Rapla_vallavalitsus, lk 5
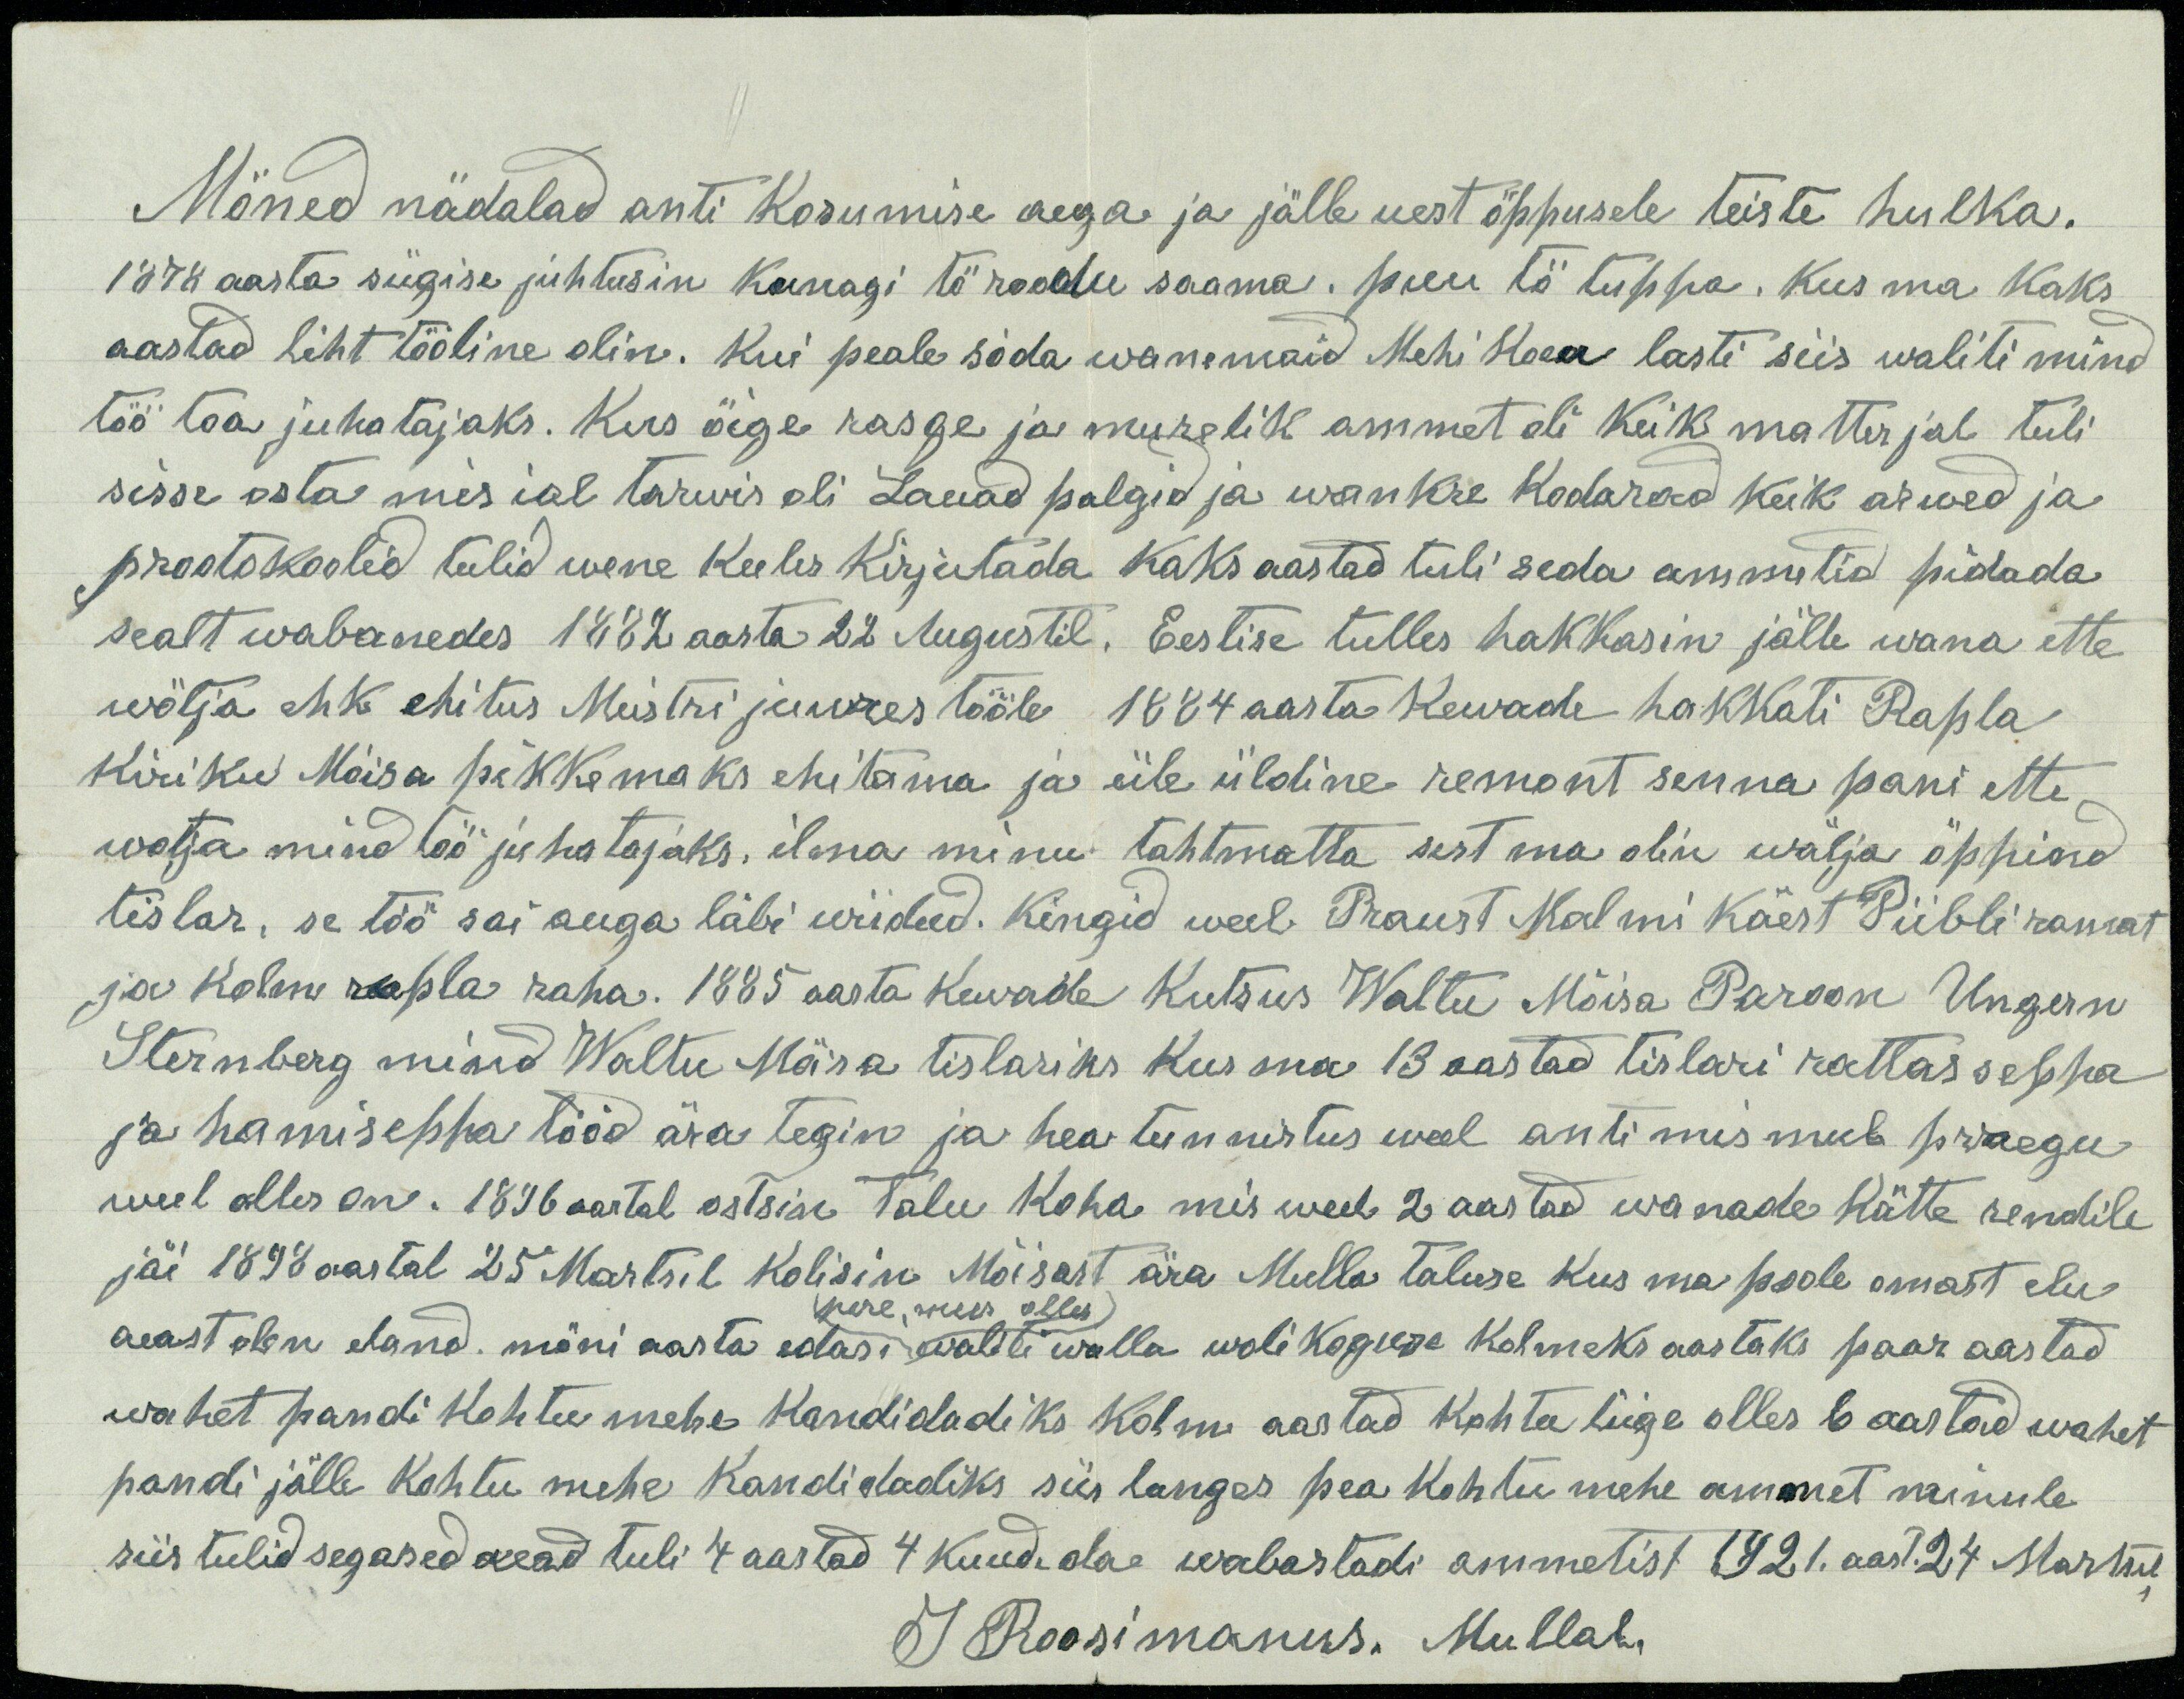
Möned nädalad anti kosumise aega ja jälle uest öppusele teiste hulka.
1878 aasta sügise juhtusin kunagi tö roodu saama. puu tö tuppa. Kus ma kaks
aastad liht tööline olin. Kui peale söda wanemaid Mehi koeu lasti siis waliti mind
töö toa juhatajaks. Kus öige rasge ja murelik ammet oli keik matterjal tuli
sisse osta mis ial tarwis oli Lauad palgid ja wankre kodarad keik arwed ja
prootokoolid tulid wene keeles kirjutada kaks aastad tuli seda ammetid pidada
sealt wabanedes 1882 aasta 22 Augustil. Eestise tulles hakkasin jälle wana ette
wötja ehk ehitus Meistri juures tööle 1884 aasta kewade hakkati Rapla
kiriku Möisa pikkemaks ehitama ja üle üldine remont senna pani ette
wotja mind töö juhatajaks, ilma minu tahtmatta sest ma olin wälja öppind
tislar, se töö sai auga läbi wiidud. Kingid weel Praust Malmi käest Piibli ramat
ja kolm rapla raha. 1885 aasta kewade kutsus Waltu Möisa Paroon Ungern
Sternberg mind Waltu Möisa tislariks kus ma 13 aastad tislari rattas seppa
ja hamiseppa tööd ära tegin ja hea tunnistus weel anti mis mul praegu
veel alles on. 1896 aastal ostsin talu koha mis weel 2 aastad wanade kätte rendile
jäi 1898 aastal 25 Martsil kolisin Möisast ära Mulla taluse kus ma poole omast elu
aeast olen eland. möni aasta edasi pere mees olles waliti walla wolikoguse kolmeks aastaks paar aastad
wahet pandi kohtu mehe kandidadiks kolm aastad kohtu liige olles 6 aastad wahet
pandi jälle kohtu mehe kandidadiks siis langes pea kohtu mehe ammet minule
siis tulid segased aead tuli 4 aastad 4 kuud olae wabastadi ammetist 1921. aast. 24 Martsil
J Roosimanus. Mullal.